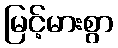
မြင့်မားစွာ